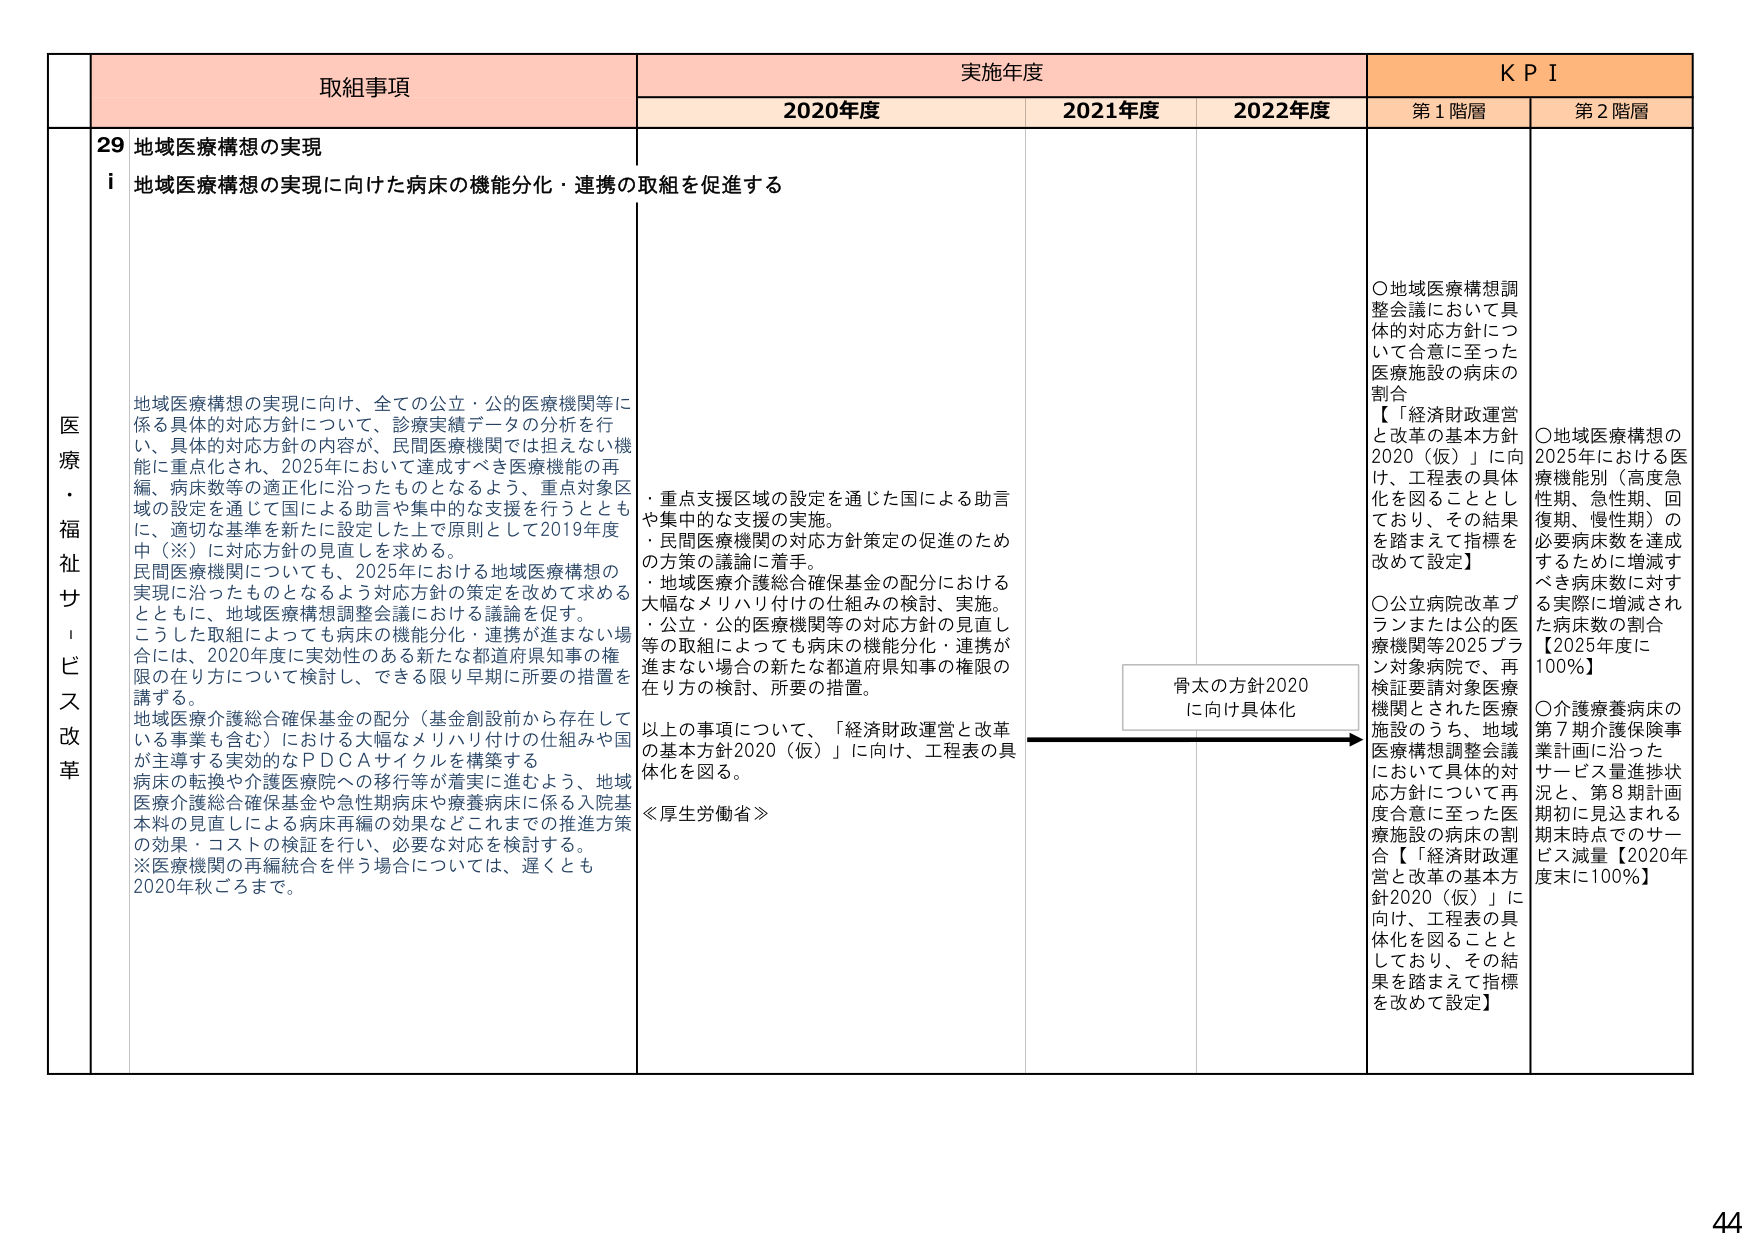
医療・福祉サービス改革

取組事項
29 地域医療構想の実現
i 地域医療構想の実現に向けた病床の機能分化・連携の取組を促進する

地域医療構想の実現に向け、全ての公立・公的医療機関等に係る具体的対応方針について、診療実績データの分析を行い、具体的対応方針の内容が、民間医療機関では担えない機能に重点化され、2025年において達成すべき医療機能の再編、病床数等の適正化に沿ったものとなるよう、重点対象区域の設定を通じて国による助言や集中的な支援を行うとともに、適切な基準を新たに設定した上で原則として2019年度中（※）に対応方針の見直しを求める。
民間医療機関についても、2025年における地域医療構想の実現に沿ったものとなるよう対応方針の策定を改めて求めるとともに、地域医療構想調整会議における議論を促す。
こうした取組によっても病床の機能分化・連携が進まない場合には、2020年度に実効性のある新たな都道府県知事の権限の在り方について検討し、できる限り早期に所要の措置を講ずる。
地域医療介護総合確保基金の配分（基金創設前から存在している事業も含む）における大幅なメリハリ付けの仕組みや国が主導する実効的なPDCAサイクルを構築する
病床の転換や介護医療院への移行等が着実に進むよう、地域医療介護総合確保基金や急性期病床や療養病床に係る入院基本料の見直しによる病床再編の効果などこれまでの推進方策の効果・コストの検証を行い、必要な対応を検討する。
※医療機関の再編統合を伴う場合については、遅くとも2020年秋ごろまで。

実施年度
2020年度
・重点支援区域の設定を通じた国による助言や集中的な支援の実施。
・民間医療機関の対応方針策定の促進のための方策の議論に着手。
・地域医療介護総合確保基金の配分における大幅なメリハリ付けの仕組みの検討、実施。
・公立・公的医療機関等の対応方針の見直し等の取組によっても病床の機能分化・連携が進まない場合の新たな都道府県知事の権限の在り方の検討、所要の措置。
以上の事項について、「経済財政運営と改革の基本方針2020（仮）」に向け、工程表の具体化を図る。
≪厚生労働省≫

2021年度

2022年度

KPI
第1階層
○地域医療構想調整会議において具体的対応方針について合意に至った医療施設の病床の割合
【「経済財政運営と改革の基本方針2020（仮）」に向け、工程表の具体化を図ることとしており、その結果を踏まえて指標を改めて設定】
○公立病院改革プランまたは公的医療機関等2025プラン対象病院で、再検討要請対象医療機関とされた医療施設のうち、地域医療構想調整会議において具体的対応方針について再度合意に至った医療施設の病床の割合【「経済財政運営と改革の基本方針2020（仮）」に向け、工程表の具体化を図ることとしており、その結果を踏まえて指標を改めて設定】

第2階層
○地域医療構想の2025年における医療機能別（高度急性期、急性期、回復期、慢性期）の必要病床数を達成するために増減すべき病床数に対する実際に増減された病床数の割合【2025年度に100％】
○介護療養病床の第7期介護保険事業計画に沿ったサービス量進捗状況と、第8期計画期初に見込まれる期末時点でのサービス減量【2020年度末に100％】

骨太の方針2020に向け具体化

44